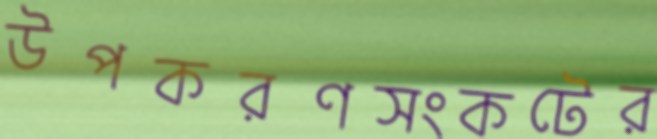
উপকরণসংকটের